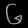
Digit: ၆